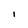
Character: I